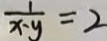
\frac { 1 } { x - y } = 2